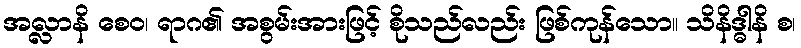
အလ္လာနိ စေဝ၊ ရာဂ၏ အစွမ်းအားဖြင့် စိုသည်လည်း ဖြစ်ကုန်သော။ သိနိဒ္ဓါနိ စ၊